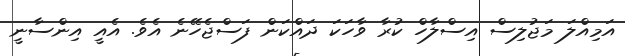
އަމިއްލަ މަޖުލިސް އިސްލާހް ކުރާ ވާހަކަ ދައްކަން ފަސްޖެހޭނެ އެވެ. އެއީ އިންސާނީ